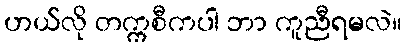
ဟယ်လို တက္ကစီကပါ ဘာ ကူညီရမလဲ။